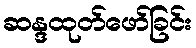
ဆန္ဒထုတ်ဖော်ခြင်း